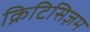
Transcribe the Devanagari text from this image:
क्रिटिसिज़म